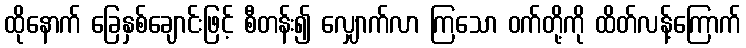
ထိုနောက် ခြေနှစ်ချောင်းဖြင့် စီတန်း၍ လျှောက်လာ ကြသော ဝက်တို့ကို ထိတ်လန့်ကြောက်